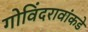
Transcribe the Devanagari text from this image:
गोविंदरावांकडे